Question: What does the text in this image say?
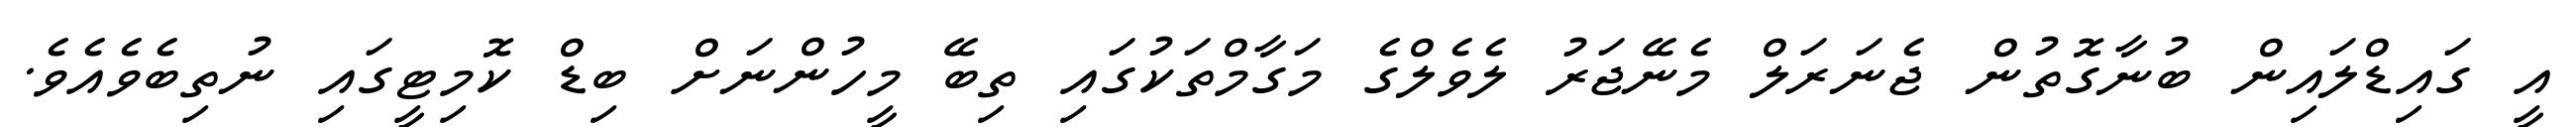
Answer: އީ ގައިޑްލައިން ބުނާގޮތުން ޖެނަރަލް މެނޭޖަރު ލެވެލްގެ މަގާމްތަކުގައި ތިބޭ މީހުންނަށް ބިޑް ކޮމިޓީގައި ނުތިބެވެއެވެ.